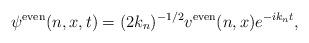
LaTeX: \begin{align*}\psi^{\rm even}(n,x,t) = (2 k_n)^{-1/2} v^{\rm even}(n,x) e^{-i k_n t},\end{align*}